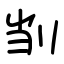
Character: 㓥